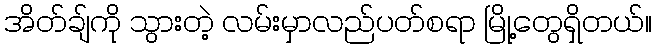
အိတ်ချ်ကို သွားတဲ့ လမ်းမှာလည်ပတ်စရာ မြို့တွေရှိတယ်။